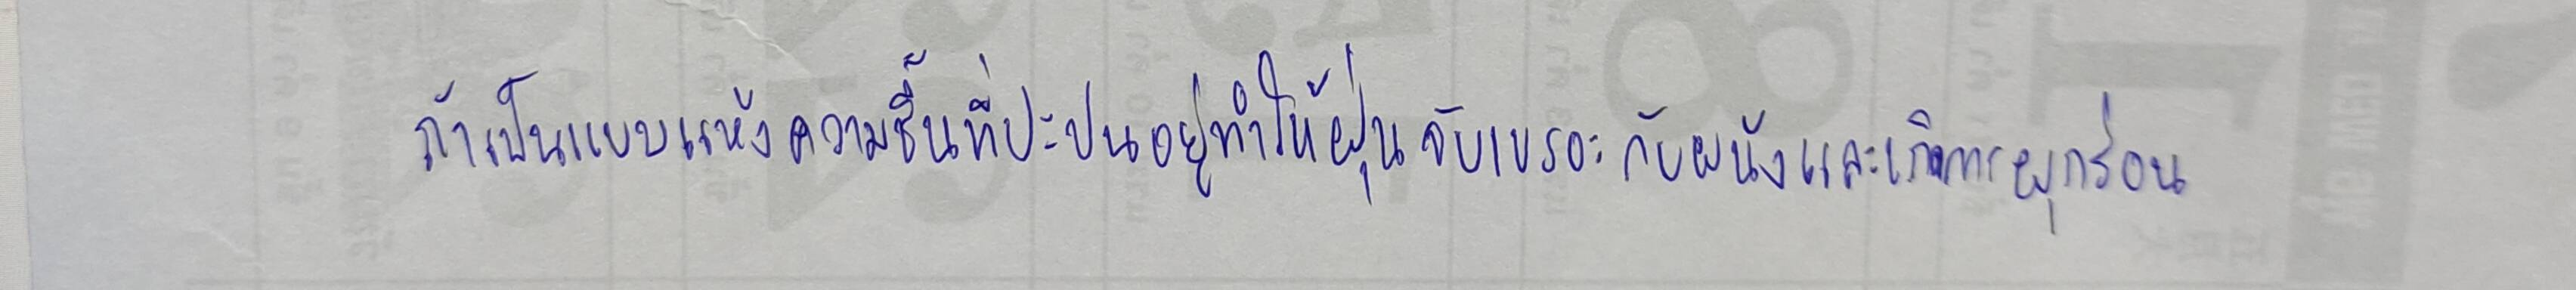
ถ้าเป็นแบบแห้งความชื้นที่ปะปนอยู่ทำให้ฝุ่นจับเขรอะกับผนังและเกิดการผุกร่อน